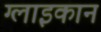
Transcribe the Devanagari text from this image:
ग्लाइकान